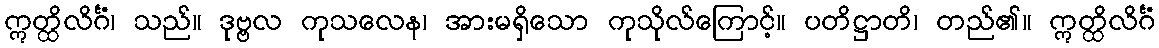
ဣတ္ထိလိင်္ဂံ၊ သည်။ ဒုဗ္ဗလ ကုသလေန၊ အားမရှိသော ကုသိုလ်ကြောင့်။ ပတိဋ္ဌာတိ၊ တည်၏။ ဣတ္ထိလိင်္ဂံ